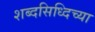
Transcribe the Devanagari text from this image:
शब्दसिध्दिच्या